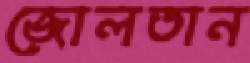
জোলতান